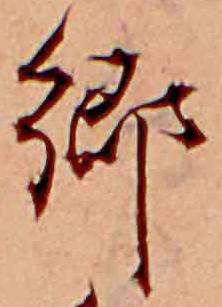
郷